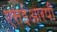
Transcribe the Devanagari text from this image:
एसईआरपी